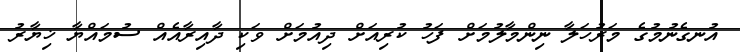
އުނގެނުމުގެ މަރުހަލާ ނިންމާލުމަށް ފަހު ކުރިއަށް ދިއުމަށް ވަކި ދާއިރާއެއް ސުމައްޔާ ޚިޔާރު